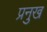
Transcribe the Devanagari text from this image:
प्रनुख